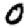
Digit: 0